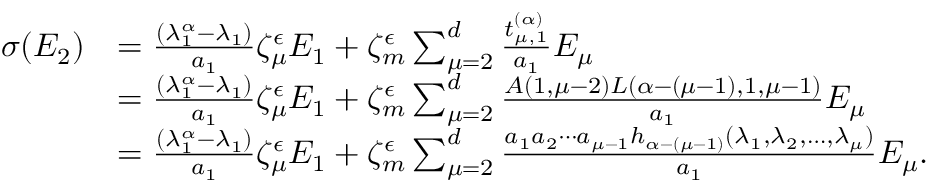
\begin{array} { r l } { \sigma ( E _ { 2 } ) } & { = \frac { ( \lambda _ { 1 } ^ { \alpha } - \lambda _ { 1 } ) } { a _ { 1 } } \zeta _ { \mu } ^ { \epsilon } E _ { 1 } + \zeta _ { m } ^ { \epsilon } \sum _ { \mu = 2 } ^ { d } \frac { t _ { \mu , 1 } ^ { ( \alpha ) } } { a _ { 1 } } E _ { \mu } } \\ & { = \frac { ( \lambda _ { 1 } ^ { \alpha } - \lambda _ { 1 } ) } { a _ { 1 } } \zeta _ { \mu } ^ { \epsilon } E _ { 1 } + \zeta _ { m } ^ { \epsilon } \sum _ { \mu = 2 } ^ { d } \frac { A ( 1 , \mu - 2 ) L ( \alpha - ( \mu - 1 ) , 1 , \mu - 1 ) } { a _ { 1 } } E _ { \mu } } \\ & { = \frac { ( \lambda _ { 1 } ^ { \alpha } - \lambda _ { 1 } ) } { a _ { 1 } } \zeta _ { \mu } ^ { \epsilon } E _ { 1 } + \zeta _ { m } ^ { \epsilon } \sum _ { \mu = 2 } ^ { d } \frac { a _ { 1 } a _ { 2 } \cdots a _ { \mu - 1 } h _ { \alpha - ( \mu - 1 ) } ( \lambda _ { 1 } , \lambda _ { 2 } , \ldots , \lambda _ { \mu } ) } { a _ { 1 } } E _ { \mu } . } \end{array}